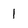
Character: 1